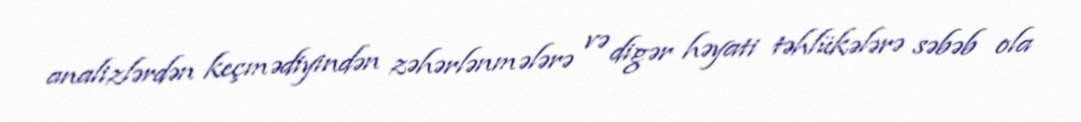
analizlərdən keçmədiyindən zəhərlənmələrə və digər həyati təhlükələrə səbəb ola